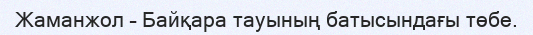
Жаманжол – Байқара тауының батысындағы төбе.